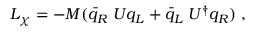
{ \cal { L } } _ { \chi } = - M ( \bar { q } _ { R } \; U q _ { L } + \bar { q } _ { L } \; U ^ { \dagger } q _ { R } ) \; ,